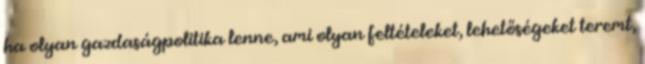
ha olyan gazdaságpolitika lenne, ami olyan feltételeket, lehetőségeket teremt,